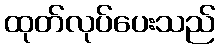
ထုတ်လုပ်ပေးသည်